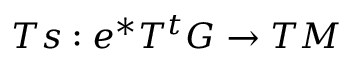
T s : e ^ { * } T ^ { t } G \rightarrow T M